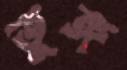
তুঙ্গ